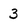
Character: 3